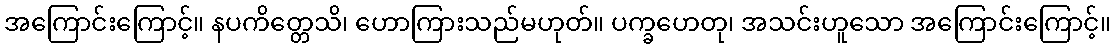
အကြောင်းကြောင့်။ နပကိတ္တေသိ၊ ဟောကြားသည်မဟုတ်။ ပက္ခဟေတု၊ အသင်းဟူသော အကြောင်းကြောင့်။